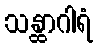
သန္ထာဂါရံ